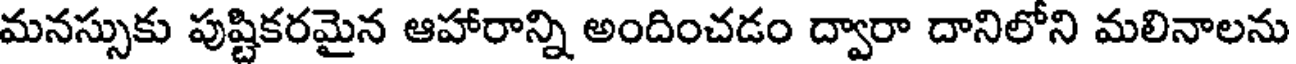
మనస్సుకు పుష్టికరమైన ఆహారాన్ని అందించడం ద్వారా దానిలోని మలినాలను